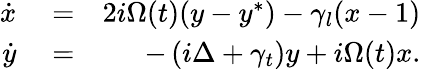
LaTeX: \begin{array}{rlr}{\dot{x}}&{{}=}&{2i\Omega(t)(y-y^{*})-\gamma_{l}(x-1)}\\ {\dot{y}}&{{}=}&{-\left(i\Delta+\gamma_{t}\right)y+i\Omega(t)x.}\end{array}